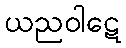
ယညဝါဋေ